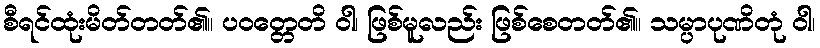
စီရင်ထုံးမိတ်တတ်၏။ ပဝတ္တေတိ ဝါ၊ ဖြစ်မူလည်း ဖြစ်စေတတ်၏။ သမ္ပာပုဏိတုံ ဝါ၊